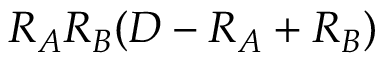
R _ { A } R _ { B } ( D - R _ { A } + R _ { B } )